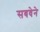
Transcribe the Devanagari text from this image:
सबवेने